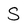
Character: S